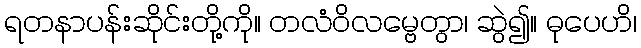
ရတနာပန်းဆိုင်းတို့ကို။ တလံဝိလမ္ဗေတွာ၊ ဆွဲ၍။ ဓုပေဟိ၊